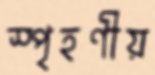
স্পৃহণীয়